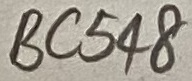
Text: BC548